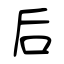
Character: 后